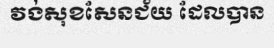
វង់សុខសែនជ័យ ដែលបាន